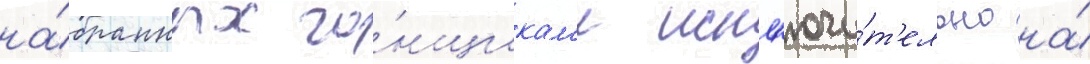
на́бранных го́нщикам'и искл'ючи́т'ельно на́